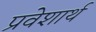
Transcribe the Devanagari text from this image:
प्रवेशार्थ